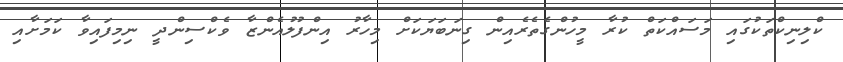
ކްލިނިކްތަކުގައި މަސައްކަތް ކުރާ މީހުންގެތެރެއިން ގިނަބަޔަކަށް މިހާރު އިންފުލުއެންޒާ ވެކްސިންދީ ނިމިފައިވާ ކަމަށާއި